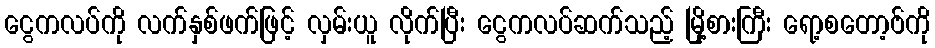
ငွေကလပ်ကို လက်နှစ်ဖက်ဖြင့် လှမ်းယူ လိုက်ပြီး ငွေကလပ်ဆက်သည့် မြို့စားကြီး ရော့စတော့ဗ်ကို